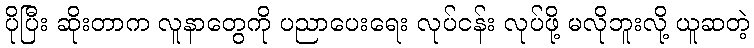
ပိုပြီး ဆိုးတာက လူနာတွေကို ပညာပေးရေး လုပ်ငန်း လုပ်ဖို့ မလိုဘူးလို့ ယူဆတဲ့